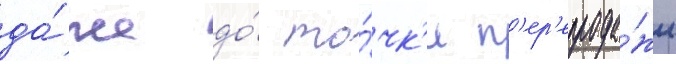
да́же до́ то́чк'и п'ер'епрода́жи